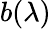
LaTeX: b(\lambda)